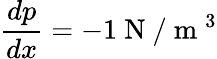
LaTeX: \frac{dp}{dx}=-1\mathrm{~N~}/\mathrm{~m~}^{3}